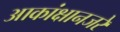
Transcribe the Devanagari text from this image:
आकांक्षानजरे